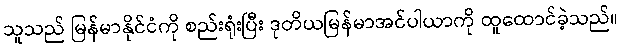
သူသည် မြန်မာနိုင်ငံကို စည်းရုံးပြီး ဒုတိယမြန်မာအင်ပါယာကို ထူထောင်ခဲ့သည်။